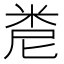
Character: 𥹆